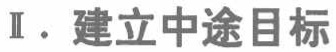
Ⅱ. 建立中途目标